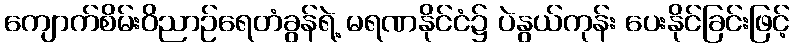
ကျောက်စိမ်းဝိညာဉ်ရေတံခွန်ရဲ့ မရဏနိုင်ငံ၌ ပဲနွယ်ကုန်း ပေးနိုင်ခြင်းဖြင့်